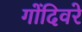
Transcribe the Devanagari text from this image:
गोंदिवरे